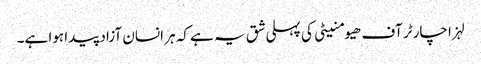
لہزا چارٹر آف ھیومنیٹی کی پہلی شق یہ ہے کہ ہر انسان آزاد پیدا ہوا ہے۔